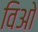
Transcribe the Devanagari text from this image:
विओ